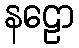
နဠော